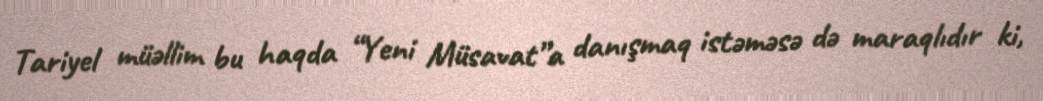
Tariyel müəllim bu haqda “Yeni Müsavat”a danışmaq istəməsə də maraqlıdır ki,